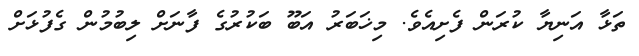
ތަޅާ އަނިޔާ ކުރަން ފެށިއެވެ. މިޚަބަރު އަބޫ ބަކުރުގެ ފާނަށް ލިބުމުން ގެފުޅަށް